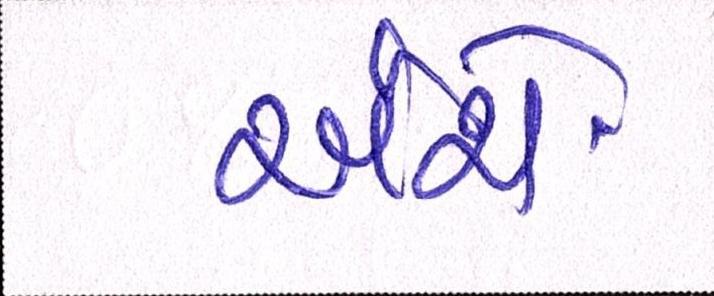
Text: અંશે